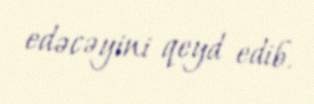
edəcəyini qeyd edib.